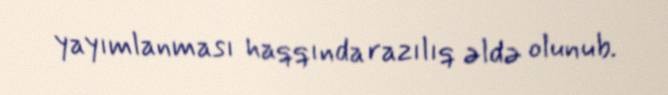
yayımlanması haqqında razılıq əldə olunub.